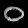
Digit: ၀